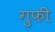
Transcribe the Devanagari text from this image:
गुफी